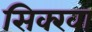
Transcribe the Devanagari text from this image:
सिक्खा